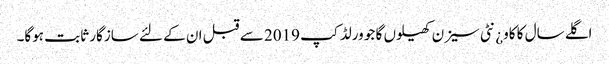
اگلے سال کا کاو¿نٹی سیزن کھیلوں گا جو ورلڈ کپ 2019 سے قبل ان کے لئے سازگار ثابت ہوگا۔